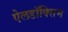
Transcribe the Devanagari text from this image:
ऐलडॉक्सिम